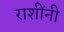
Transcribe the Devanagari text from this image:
राशींनी